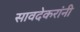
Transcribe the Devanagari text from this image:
सावदेकरांनी